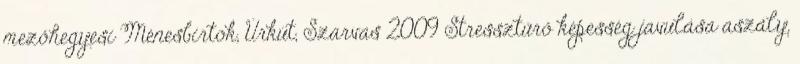
mezőhegyesi Ménesbirtok, Úrkút, Szarvas 2009 Stressztűrő képesség javulása aszály,